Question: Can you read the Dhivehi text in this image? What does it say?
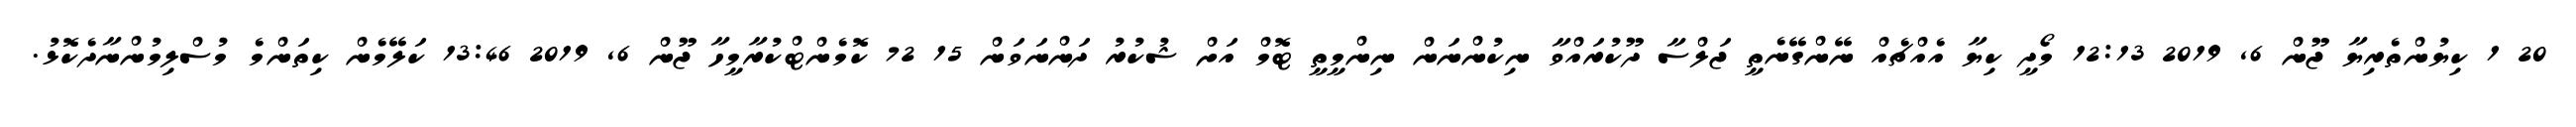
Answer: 20 1 ކިޔުންތެރިޔާ ޖޫން 6, 2019 12:13 މޯދީ ކިޔާ އެއްޗެއް ނޭންގޭނެތީ ޖަލްސާ ދޫކުރައްވާ ނިކުންނަން ނިންމީތީ ޓޮމް އަށް ޝުކުރު ދަންނަވަން 15 72 ކޮމެންޓްކުރާމީހާ ޖޫން 6, 2019 13:46 ކަލޭމެން ކިތަންމެ މުސްލިމުންނާދެކޮޅު.